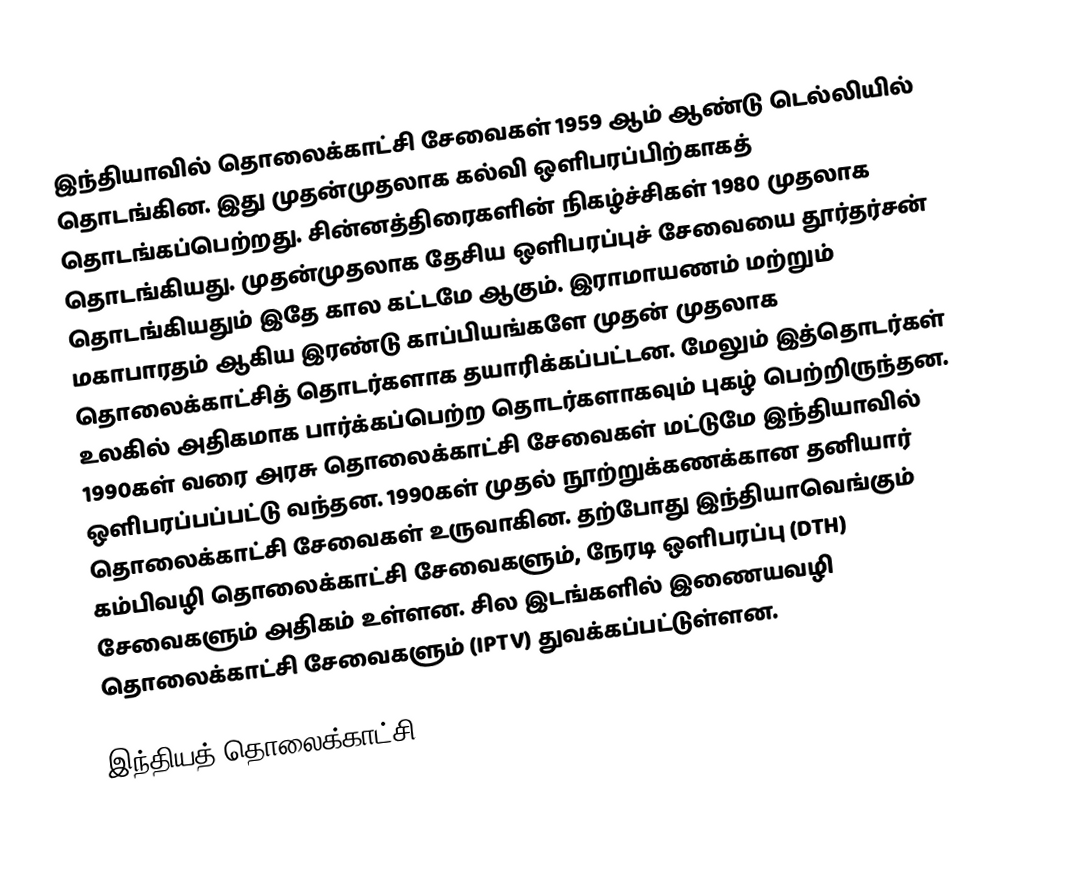
இந்தியாவில் தொலைக்காட்சி சேவைகள் 1959 ஆம் ஆண்டு டெல்லியில் தொடங்கின. இது முதன்முதலாக கல்வி ஒளிபரப்பிற்காகத் தொடங்கப்பெற்றது. சின்னத்திரைகளின் நிகழ்ச்சிகள் 1980 முதலாக தொடங்கியது. முதன்முதலாக தேசிய ஒளிபரப்புச் சேவையை தூர்தர்சன் தொடங்கியதும் இதே கால கட்டமே ஆகும். இராமாயணம் மற்றும் மகாபாரதம் ஆகிய இரண்டு காப்பியங்களே முதன் முதலாக தொலைக்காட்சித் தொடர்களாக தயாரிக்கப்பட்டன. மேலும் இத்தொடர்கள் உலகில் அதிகமாக பார்க்கப்பெற்ற தொடர்களாகவும் புகழ் பெற்றிருந்தன. 1990கள் வரை அரசு தொலைக்காட்சி சேவைகள் மட்டுமே இந்தியாவில் ஒளிபரப்பப்பட்டு வந்தன. 1990கள் முதல் நூற்றுக்கணக்கான தனியார் தொலைக்காட்சி சேவைகள் உருவாகின. தற்போது இந்தியாவெங்கும் கம்பிவழி தொலைக்காட்சி சேவைகளும், நேரடி ஒளிபரப்பு (DTH) சேவைகளும் அதிகம் உள்ளன. சில இடங்களில் இணையவழி தொலைக்காட்சி சேவைகளும் (IPTV) துவக்கப்பட்டுள்ளன.

இந்தியத் தொலைக்காட்சி